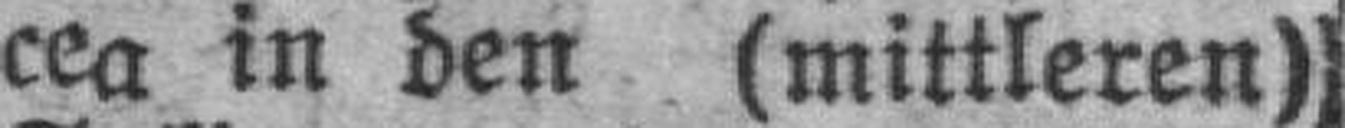
cea in den (mittleren)